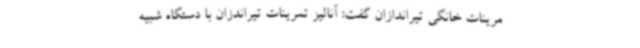
مرینات خانگی تیراندازان گفت: آنالیز تمرینات تیراندزان با دستگاه شبیه